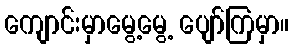
ကျောင်းမှာမွေ့မွေ့ ပျော်ကြမှာ။